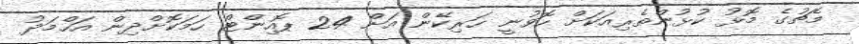
މެޗުގެ މޮޅު ކުޅުންތެރިއަކަށް ހޮވުނީ ހަރިކޭން އަށް 24 ޕޮއިންޓް ހަމަކޮށްދިން އަހްމަދު